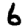
Digit: 6